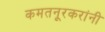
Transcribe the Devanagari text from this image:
कमतनूरकरांनी